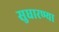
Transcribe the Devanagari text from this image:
सुधारण्या